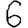
Digit: 6